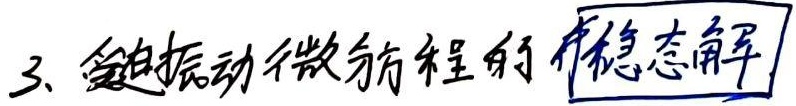
受迫振动微分方程的 稳态解：求方程的稳态解通常是在研究受迫振动问题时的重要步骤。对于形如 \(m\ddot{x}+c\dot{x}+kx = F_0\cos(\omega t)\) 的受迫振动微分方程（其中 \(m\) 是质量，\(c\) 是阻尼系数，\(k\) 是弹簧劲度系数，\(F_0\) 是驱动力幅值，\(\omega\) 是驱动力角频率），其稳态解一般可设为 \(x = A\cos(\omega t + \varphi)\)。

将 \(x = A\cos(\omega t + \varphi)\) 代入受迫振动微分方程，通过三角函数的运算以及等式两边对应项系数相等的原则，可以求解出稳态解中的振幅 \(A\) 和相位差 \(\varphi\)。具体计算过程如下：

首先对 \(x = A\cos(\omega t + \varphi)\) 求一阶导数 \(\dot{x}=-A\omega\sin(\omega t + \varphi)\)，再求二阶导数 \(\ddot{x}=-A\omega^{2}\cos(\omega t + \varphi)\)。

将 \(\ddot{x}\)、\(\dot{x}\)、\(x\) 代入方程 \(m\ddot{x}+c\dot{x}+kx = F_0\cos(\omega t)\) 得：

\(-mA\omega^{2}\cos(\omega t + \varphi)-cA\omega\sin(\omega t + \varphi)+kA\cos(\omega t + \varphi)=F_0\cos(\omega t)\)

利用三角函数的和角公式 \(\cos(A + B)=\cos A\cos B-\sin A\sin B\) 和 \(\sin(A + B)=\sin A\cos B+\cos A\sin B\)，将上式左边变形为：

\[
\begin{align*}
&(-mA\omega^{2}+kA)\cos(\omega t)\cos\varphi+( -mA\omega^{2}+kA)\sin(\omega t)\sin\varphi - cA\omega\sin(\omega t)\cos\varphi - cA\omega\cos(\omega t)\sin\varphi\\
=&\left[(-mA\omega^{2}+kA)\cos\varphi - cA\omega\sin\varphi\right]\cos(\omega t)+\left[(-mA\omega^{2}+kA)\sin\varphi - cA\omega\cos\varphi\right]\sin(\omega t)
\end{align*}
\]

因为等式右边为 \(F_0\cos(\omega t)\)，所以可得方程组：

\(\begin{cases}(-mA\omega^{2}+kA)\cos\varphi - cA\omega\sin\varphi = F_0\\(-mA\omega^{2}+kA)\sin\varphi - cA\omega\cos\varphi = 0\end{cases}\)

由第二个方程可得 \((-mA\omega^{2}+kA)\sin\varphi = cA\omega\cos\varphi\)，即 \(\tan\varphi=\frac{cA\omega}{kA - mA\omega^{2}}=\frac{c\omega}{k - m\omega^{2}}\)。

将 \(\tan\varphi=\frac{c\omega}{k - m\omega^{2}}\) 代入第一个方程求解 \(A\)：

\[
\begin{align*}
(-mA\omega^{2}+kA)\frac{1}{\sqrt{1 + (\frac{c\omega}{k - m\omega^{2}})^2}} - cA\omega\frac{\frac{c\omega}{k - m\omega^{2}}}{\sqrt{1 + (\frac{c\omega}{k - m\omega^{2}})^2}}&=F_0\\
A\frac{-m\omega^{2}+k - \frac{c^{2}\omega^{2}}{k - m\omega^{2}}}{\sqrt{1 + (\frac{c\omega}{k - m\omega^{2}})^2}}&=F_0\\
A&=\frac{F_0}{\sqrt{(k - m\omega^{2})^{2}+(c\omega)^{2}}}
\end{align*}
\]

所以，受迫振动微分方程的稳态解为 \(x=\frac{F_0}{\sqrt{(k - m\omega^{2})^{2}+(c\omega)^{2}}}\cos(\omega t+\arctan\frac{c\omega}{k - m\omega^{2}})\)。